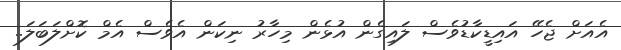
އެއަށް ޖެހޭ އައިޑީކާޑުވެސް ލައިގެން އުޅެން މިހާރު ނިކަން އެވެސް އެމް ކޮށްލަބަލަ..